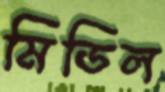
মিডিল